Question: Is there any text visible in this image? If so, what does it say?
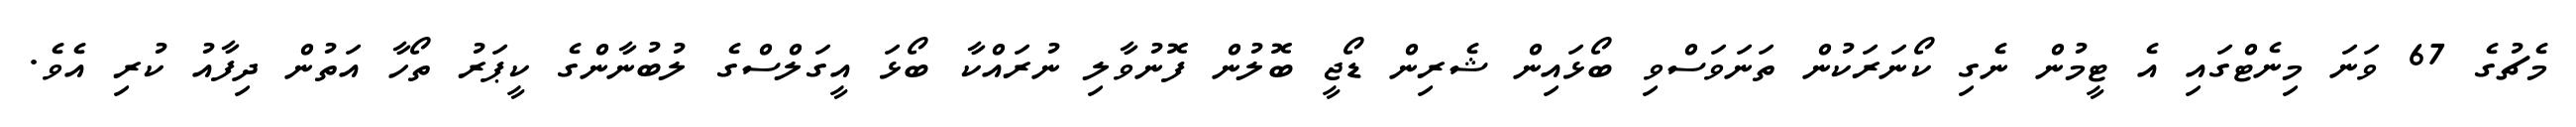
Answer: މެޗުގެ 67 ވަނަ މިނެޓްގައި އެ ޓީމުން ނެގި ކޯނަރަކުން ތަނަވަސްވި ބޯޅައިން ޝެރިން ޑޯޖީ ބޮލުން ފޮނުވާލި ނުރައްކާ ބޯޅަ އީގަލްސްގެ ލުބުނާންގެ ކީޕަރު ތޯހާ އަތުން ދިފާއު ކުރި އެވެ.